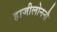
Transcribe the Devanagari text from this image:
हाजीलोननौ